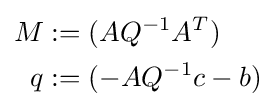
{\begin{aligned}M&:=(AQ^{-1}A^{T})\\q&:=(-AQ^{-1}c-b)\end{aligned}}